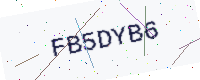
Text: FB5DYB6